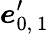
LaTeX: \boldsymbol{e}_{0,\ 1}^{\prime}